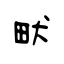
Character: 畎